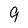
Character: 9